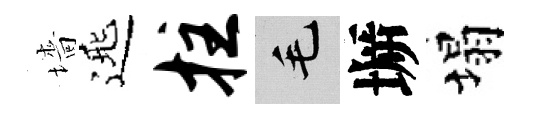
墻𨓱拄毛󶱲塌